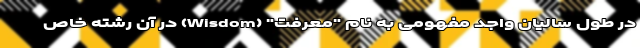
در طول سالیان واجد مفهومی به نام "معرفت" (Wisdom) در آن رشته خاص